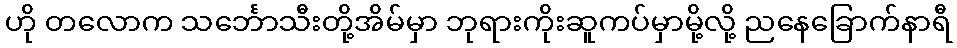
ဟို တလောက သင်္ဘောသီးတို့အိမ်မှာ ဘုရားကိုးဆူကပ်မှာမို့လို့ ညနေခြောက်နာရီ